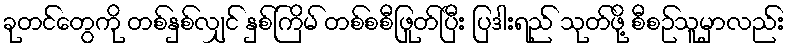
ခုတင်တွေကို တစ်နှစ်လျှင် နှစ်ကြိမ် တစ်စစီဖြုတ်ပြီး ပြဒါးရည် သုတ်ဖို့ စီစဉ်သူမှာလည်း